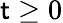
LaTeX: \mathsf{t}\geq0